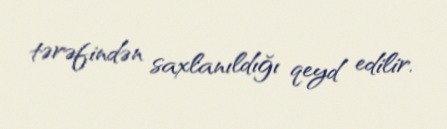
tərəfindən saxlanıldığı qeyd edilir.